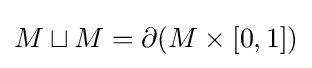
M\sqcup M=\partial (M\times [0,1])